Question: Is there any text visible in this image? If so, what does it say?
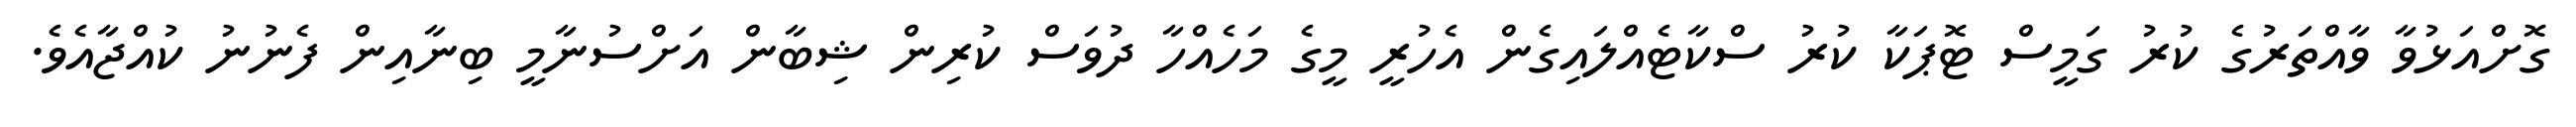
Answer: ގޮށްއަޅުވާ ވާއްތަރުގެ ކުރު ގަމީސް ޓޮޕަކާ ކުރު ސްކާޓެއްލައިގެން އެހުރީ މީގެ މަހެއްހާ ދުވަސް ކުރިން ޝިބާން އަށްސުނާމީ ބިނާއިން ފެނުނު ކުއްޖާއެވެ.